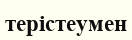
терістеумен